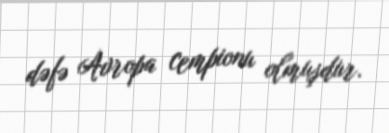
dəfə Avropa cempionu olmuşdur.